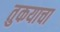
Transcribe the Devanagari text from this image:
तुकयाचा